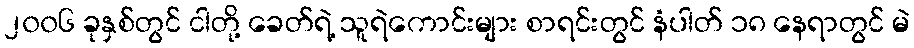
၂၀၀၆ ခုနှစ်တွင် ငါတို့ ခေတ်ရဲ့ သူရဲကောင်းများ စာရင်းတွင် နံပါတ် ၁၈ နေရာတွင် မဲ